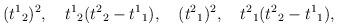
LaTeX: \begin{align*}({t^1}_2)^2 ,\quad {t^1}_2 ({t^2}_2 - {t^1}_1), \quad ({t^2}_1)^2,\quad {t^2}_1({t^2}_2 - {t^1}_1),\end{align*}